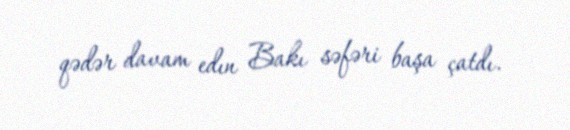
qədər davam edın Bakı səfəri başa çatdı.